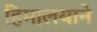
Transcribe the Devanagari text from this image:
हिमालयाने